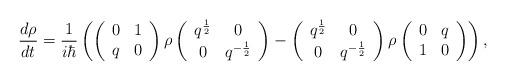
LaTeX: \begin{align*}\frac {d \rho }{d t} = \frac {1}{i \hbar }\left(\left(\begin{array}{cc}0&1\\q&0\end{array}\right) \rho\left(\begin{array}{cc}q^{\frac {1}{2}}&0\\0&q^{-\frac{1}{2}}\end{array}\right) -\left(\begin{array}{cc}q^{\frac {1}{2}}&0\\0&q^{-\frac{1}{2}}\end{array}\right) \rho\left(\begin{array}{cc}0&q\\1&0\end{array}\right) \right),\end{align*}